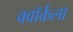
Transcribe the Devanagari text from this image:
क्वॉर्कला